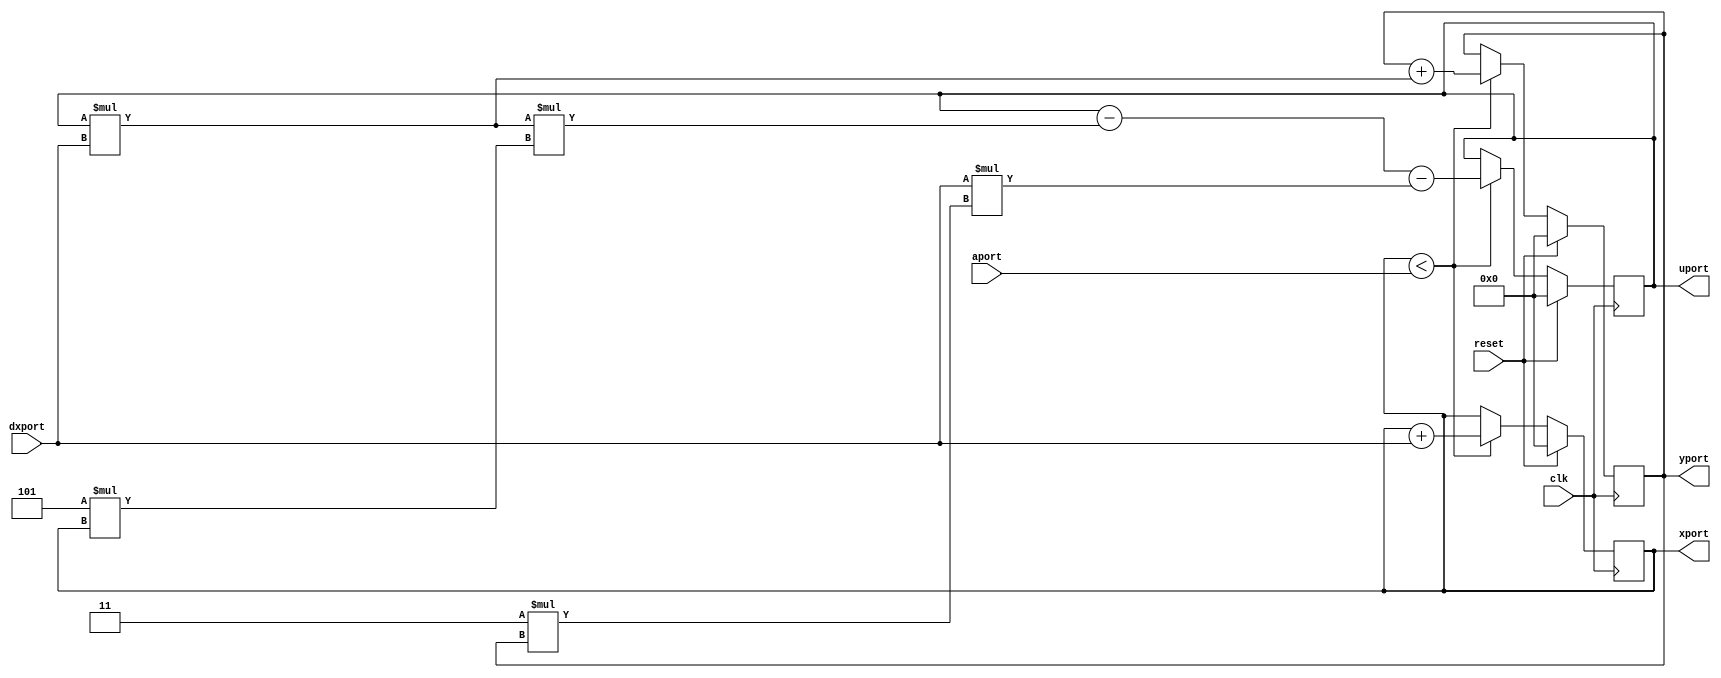

/*--------------------------------------------------------------------------
--------------------------------------------------------------------------
--	File Name 	: diffeq.v
--	Author(s)	: P. Sridhar
--	Affiliation	: Laboratory for Digital Design Environments
--			  Department of Electrical & Computer Engineering
--			  University of Cincinnati
--	Date Created	: June 1991.
--	Introduction	: Behavioral description of a differential equation
--			  solver written in a synthesizable subset of VHDL.
--	Source		: Written in HardwareC by Rajesh Gupta, Stanford Univ. 
--			  Obtained from the Highlevel Synthesis Workshop
--                        Repository.
--
--	Modified For Synthesis by Jay(anta) Roy, University of Cincinnati.
--	Date Modified	: Sept, 91.
--
--	Disclaimer	: This comes with absolutely no guarantees of any
--			  kind (just stating the obvious ...)
--
--      Acknowledgement : The Distributed Synthesis Systems research at 
--                        the Laboratory for Digital Design Environments,
--                        University of Cincinnati, is sponsored in part 
--                        by the Defense Advanced Research Projects Agency 
--                        under order number 7056 monitored by the Federal 
--                        Bureau of Investigation under contract number 
--                        J-FBI-89-094.
--
--------------------------------------------------------------------------
-------------------------------------------------------------------------*/
module diffeq_f_systemC(aport, dxport, xport, yport, uport, clk, reset);

input clk;
input reset;
input [31:0]aport;
input [31:0]dxport;
output [31:0]xport;
output [31:0]yport;
output [31:0]uport;
reg [31:0]xport;
reg [31:0]yport;
reg [31:0]uport;
wire [31:0]temp;

assign temp = uport * dxport;
always @(posedge clk )
begin
	if (reset == 1'b1)
	begin
		xport <= 0;
		yport <= 0;
		uport <= 0;
	end
else
  	if (xport < aport) 
	begin
		xport <= xport + dxport;
		yport <= yport + temp;//(uport * dxport);
		uport <= (uport - (temp/*(uport * dxport)*/ * (5 * xport))) - (dxport * (3 * yport));
	end
end
endmodule